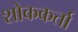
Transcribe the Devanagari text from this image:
शोककर्ता